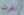
نشرت